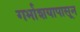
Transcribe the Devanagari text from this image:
गर्भाशयापासून